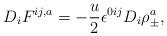
LaTeX: \begin{align*}D_{i}F^{ij ,a}=-\frac{u}{2}\epsilon^{0ij}D_{i}\rho_{\pm}^a,\end{align*}